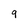
Character: 9